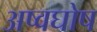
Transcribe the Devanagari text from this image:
अष्वघोष